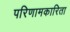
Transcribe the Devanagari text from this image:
परिणामकारिता